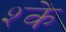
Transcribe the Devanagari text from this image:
श्के